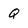
Character: Q